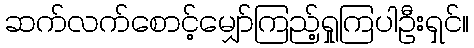
ဆက်လက်စောင့်မျှော်ကြည့်ရှုကြပါဦးရှင်။